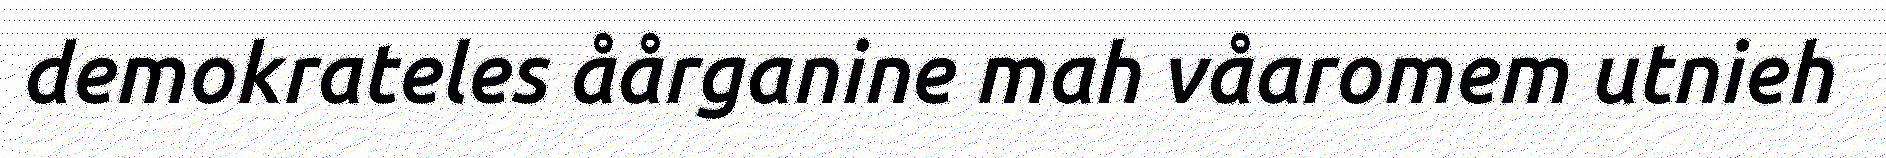
demokrateles åårganine mah våaromem utnieh